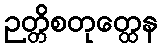
ဉတ္တိစတုတ္ထေန